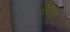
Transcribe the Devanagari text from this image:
तिरमुल